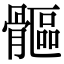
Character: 𩪍